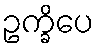
ဥက္ခိပေ